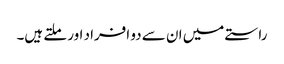
راستے میں ان سے دو افراد اور ملتے ہیں۔